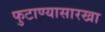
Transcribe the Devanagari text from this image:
फुटाण्यासारखा